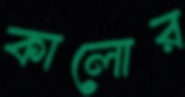
কালোর